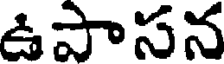
ఉపాసన